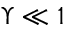
\Upsilon \ll 1